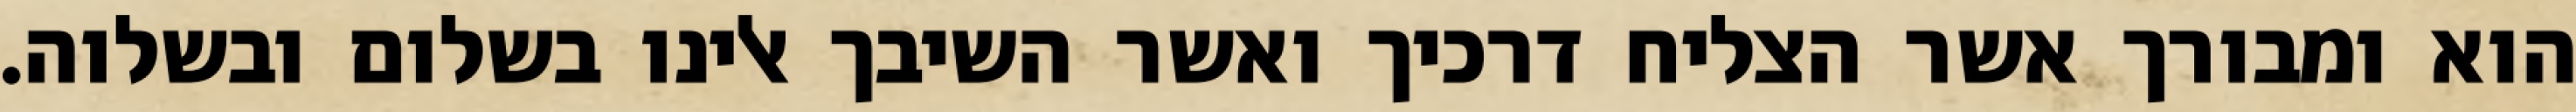
הוא ומבורך אשר הצליח דרכיך ואשר השיבך אלינו בשלום ובשלוה.